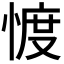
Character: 𢜬